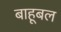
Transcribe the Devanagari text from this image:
बाहूबल